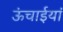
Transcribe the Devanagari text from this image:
ऊंचाईयां